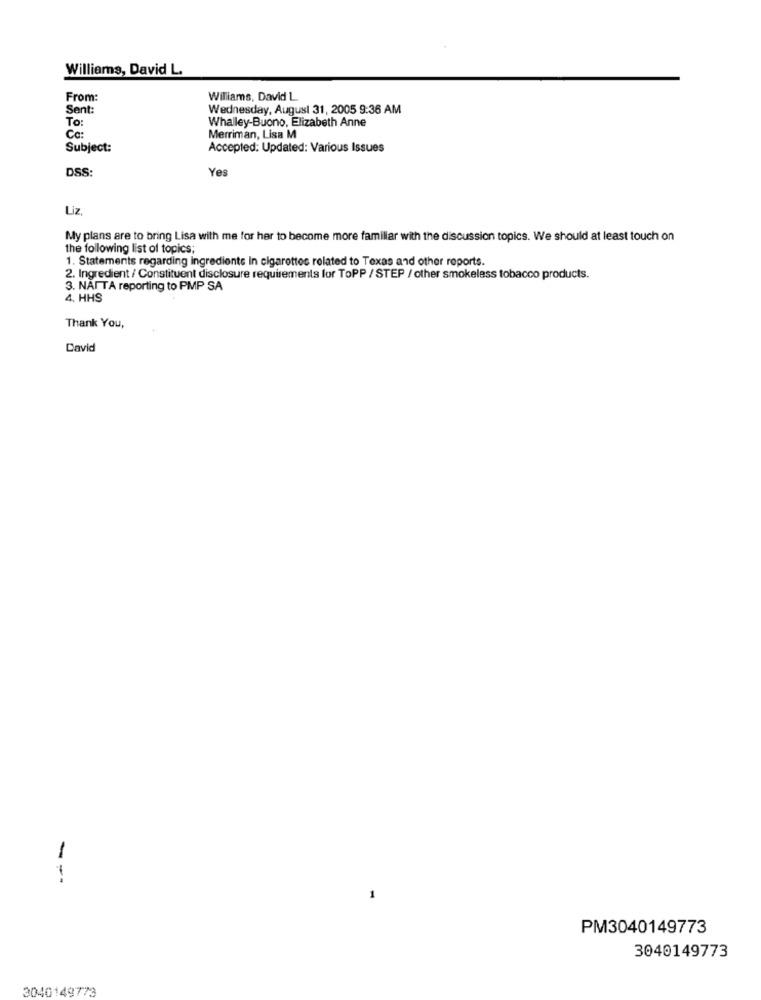
Williams, David L.
From:
Williams, David L.
Sent:
Wednesday, August 31, 2005 9:36 AM
To:
Whalley-Buono, Elizabeth Anne
Ce:
Merriman, Lisa M
Subject:
Accepted: Updated: Various Issues
DSS:
Yes
Liz,
My plans are to bring Lisa with me for her to become more familiar with the discussion topics. We should at least touch on
the following list of topics;
1. Statements regarding ingredients In cigarettes related to Texas and other reports.
2. Ingredient / Constituent disclosure requirements for ToPP / STEP / other smokeless tobacco products.
3. NAITA reporting to PMP SA
4. HHS
Thank You,
David
---
PM3040149773
3040149773
3040149773